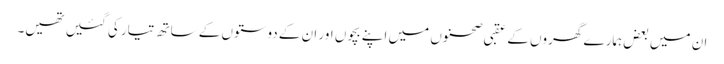
ان میں بعض ہمارے گھروں کے عقبی صحنوں میں اپنے بچوں اور ان کے دوستوں کے ساتھ تیار کی گئیں تھیں۔